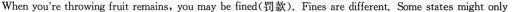
When you're throwing fruit remains,you may be fined(罚款),Fines sre different, Some states might only